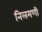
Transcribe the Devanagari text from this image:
निलमणी